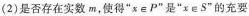
(2)是否存在实数m，使得”x\in P”是”x\in S”的充要